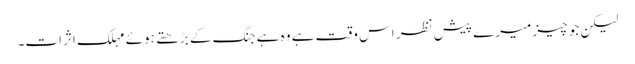
لیکن جو چیز میرے پیش نظر اس وقت ہے وہ ہے جنگ کے بڑھتے ہوئے مہلک اثرات۔